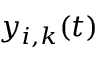
y _ { i , k } ( t )